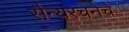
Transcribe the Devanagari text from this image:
सैन्यरचनेचे